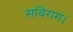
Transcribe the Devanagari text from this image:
सविराम।